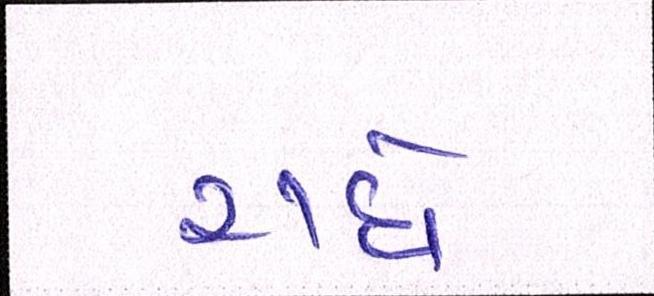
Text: રાધે